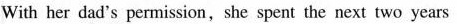
With her dad's permission, she spent the next two years